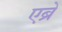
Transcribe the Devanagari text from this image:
एब्रे